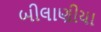
બીલાણીયા